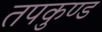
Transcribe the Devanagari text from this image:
तपकुण्ड